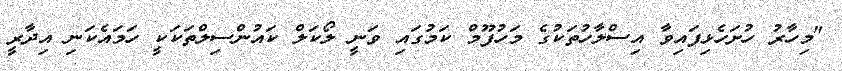
"މިހާރު ހުށަހެޅިފައިވާ އިސްލާހުތަކުގެ މަހުފޫމް ކަމުގައި ވަނީ ލޯކަލް ކައުންސިލްތަކަކީ ހަމައެކަނި އިދާރީ